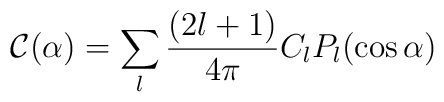
{\mathcal C} (\alpha) = \sum_l {(2l+1)\over 4\pi} C_l P_l(\cos \alpha)